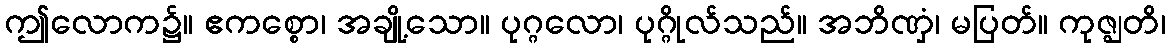
ဤလောက၌။ ဧကစ္စော၊ အချို့သော။ ပုဂ္ဂလော၊ ပုဂ္ဂိုလ်သည်။ အဘိဏှံ၊ မပြတ်။ ကုဇ္ဈတိ၊